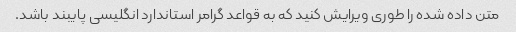
متن داده شده را طوری ویرایش کنید که به قواعد گرامر استاندارد انگلیسی پایبند باشد.